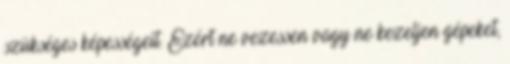
szükséges képességeit. Ezért ne vezessen vagy ne kezeljen gépeket,